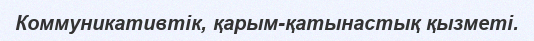
Коммуникативтік, қарым-қатынастық қызметі.